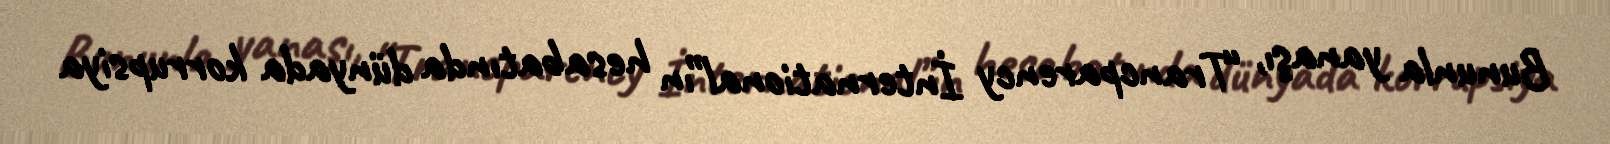
Bununla yanaşı, “Trancparency İnternational”ın hesabatında dünyada korrupsiya